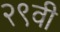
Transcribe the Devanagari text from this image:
२९वी